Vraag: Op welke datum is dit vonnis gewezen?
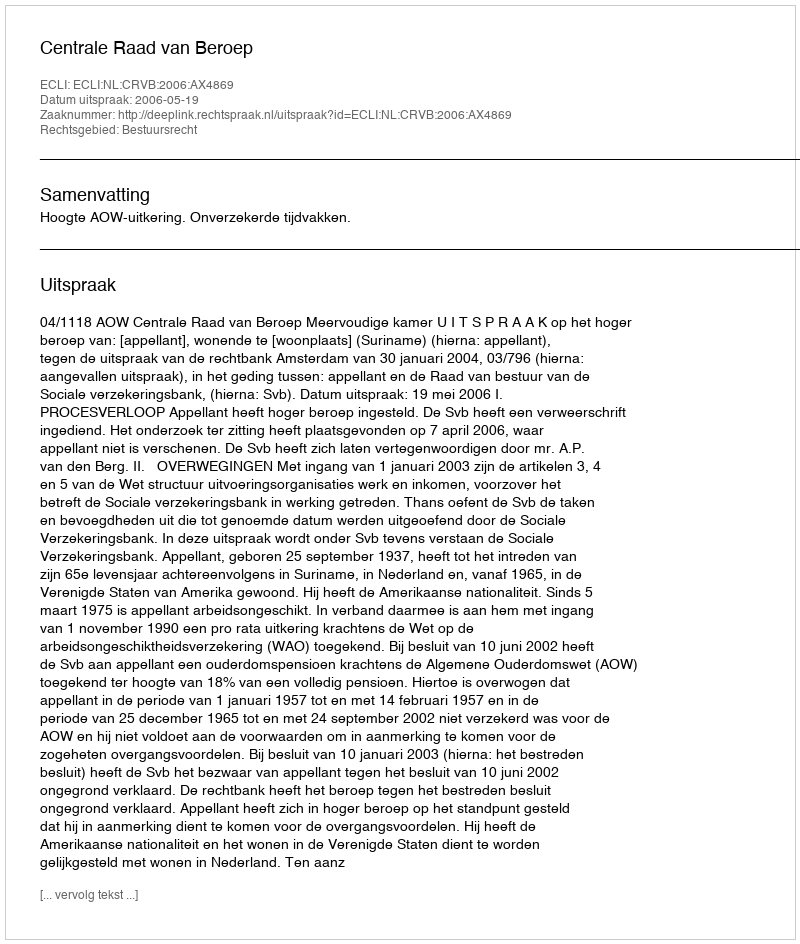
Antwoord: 2006-05-19